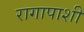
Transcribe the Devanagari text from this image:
रागापाशी